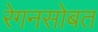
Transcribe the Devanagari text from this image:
रेगनसोबत